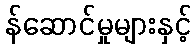
န်ဆောင်မှုများနှင့်